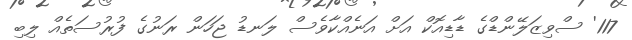
117' ސްވިޒަލޭންޑްގެ ޑާޑިއޮކް އަށް އަނެއްކާވެސް ލަނޑު ޖަހަން ރަނުގެ ފުރުސަތެއް ލިބި